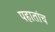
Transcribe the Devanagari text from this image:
पहातांच